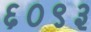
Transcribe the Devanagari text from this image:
६०९३